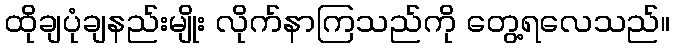
ထိုချပုံချနည်းမျိုး လိုက်နာကြသည်ကို တွေ့ရလေသည်။